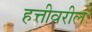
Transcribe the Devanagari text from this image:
हत्तीवरील